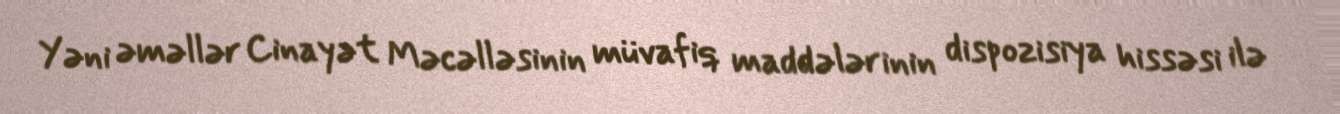
Yəni əməllər Cinayət Məcəlləsinin müvafiq maddələrinin dispozisiya hissəsi ilə